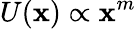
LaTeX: U(\mathbf{x})\propto\mathbf{x}^{m}